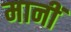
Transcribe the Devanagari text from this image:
मानीं